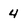
Character: 4